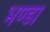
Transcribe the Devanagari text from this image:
भण्डा